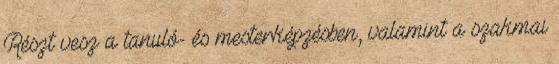
Részt vesz a tanuló- és mesterképzésben, valamint a szakmai